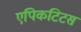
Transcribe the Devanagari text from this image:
एपिकटिटस